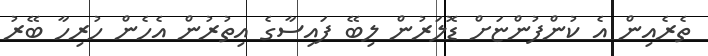
ތެރެއިން އެ ކުންފުންޏަށް ޑޮލަރުން ލިބޭ ފައިސާގެ އިތުރުން އެހެން ހުރިހާ ބޭރު